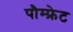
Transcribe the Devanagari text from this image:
पौम्‍फ्रेट